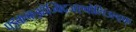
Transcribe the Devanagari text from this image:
फ्झ्क्ल्क्झ्हैज्क्द्जिएवोलिउल्द्फ्